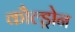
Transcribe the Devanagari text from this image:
कौल्ड्रोन